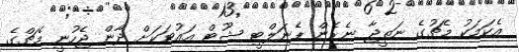
އެކަމަކު މެޗުގެ ނަތީޖާ ނެރެން ޕެނަލްޓީ ޝޫޓް އައުޓަކަށް ދާން ޖެހުނީ މެޗްގެ